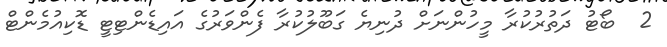
2  ބޯޓު ދަތުރުކުރާ މީހުންނަށް ދުނިޔެ ގަބޫލުކުރާ ފެންވަރުގެ އައިޑެންޓިޓީ ޑޮކިއުމެންޓް